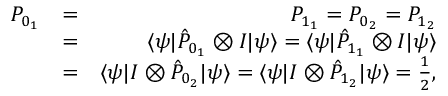
\begin{array} { r l r } { P _ { 0 _ { 1 } } } & { = } & { P _ { 1 _ { 1 } } = P _ { 0 _ { 2 } } = P _ { 1 _ { 2 } } } \\ & { = } & { \langle \psi | \hat { P } _ { 0 _ { 1 } } \otimes I | \psi \rangle = \langle \psi | \hat { P } _ { 1 _ { 1 } } \otimes I | \psi \rangle } \\ & { = } & { \langle \psi | I \otimes \hat { P } _ { 0 _ { 2 } } | \psi \rangle = \langle \psi | I \otimes \hat { P } _ { 1 _ { 2 } } | \psi \rangle = \frac { 1 } { 2 } , } \end{array}